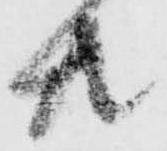
共